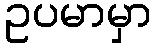
ဥပမာမှာ